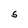
Character: S